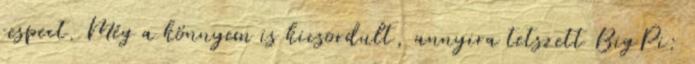
respect. Még a könnyem is kicsordult, annyira tetszett BigPi: